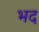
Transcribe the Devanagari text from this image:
भद